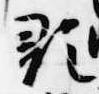
顕